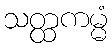
သတ္ထကမ္မံ